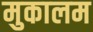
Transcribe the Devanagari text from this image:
मुकालम